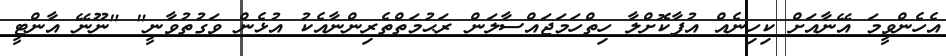
އެހެންވީމަ އޭނާއަށް ކިހިނެއް އުފާކޮށްލާ ހިތްހަމަޖައްސާލަން ރަޙުމަތްތެރިންނާއެކު އުޅެން ވަގުތުވާނީ" "ނޫނޭ އާންޓީ